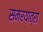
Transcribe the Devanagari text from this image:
समरयात्रा